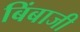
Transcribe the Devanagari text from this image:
बिंबाजी